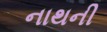
નાથની